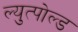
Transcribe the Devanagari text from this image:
ल्युत्पोल्ड